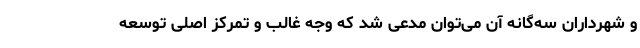
و شهرداران سه‌گانه آن می‌توان مدعی شد که وجه غالب و تمرکز اصلی توسعه